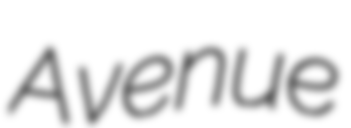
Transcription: Avenue